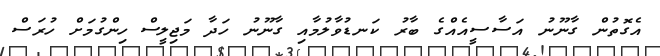
އެގޮތުން ގާނޫނު އަސާސީއެއްގެ ބާރު ކަނޑުވާލުމާއި ގާނޫނު ހަދާ މަޖިލީސް ހިންގުމަށް ހުރަސް